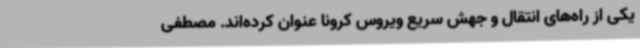
یکی از راه‌های انتقال و جهش سریع ویروس کرونا عنوان کرده‌اند. مصطفی